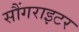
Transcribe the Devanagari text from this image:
सौंगराइटर